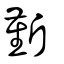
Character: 斳